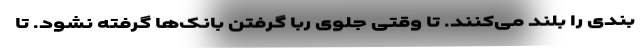
بندی را بلند می‌کنند. تا وقتی جلوی ربا گرفتن بانک‌ها گرفته نشود. تا